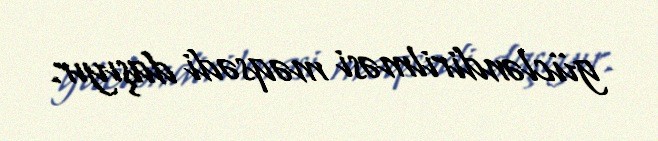
gücləndirilməsi məqsədi daşıyır.